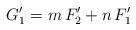
LaTeX: \begin{align*}G_1'=m\,F_2' + n\,F_1'\end{align*}